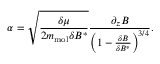
\alpha = \sqrt { \frac { \delta \mu } { 2 m _ { \mathrm { m o l } } \delta B ^ { * } } } \frac { \partial _ { z } B } { \left( 1 - \frac { \delta B } { \delta B ^ { * } } \right) ^ { 3 / 4 } } .